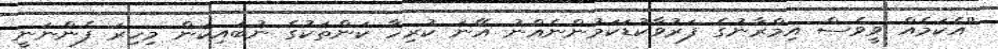
''އެކަމެއް ވީވެސް އިމްރާނުގެ ފަރުވާކުޑަކަމުންނެއްނު އޭނަ ކުރިހާ ކަންތަކުގެ ނުބައިކަން މިހިރަ ފެންނަނީ